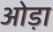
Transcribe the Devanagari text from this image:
ओड़ा